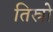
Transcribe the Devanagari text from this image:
तिस्रो